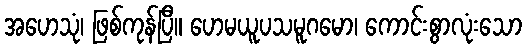
အဟေသုံ၊ ဖြစ်ကုန်ပြီ။ ဟေမယူပသမူဂမော၊ ကောင်းစွာလုံးသော